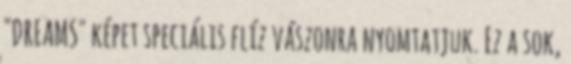
"DREAMS" képet speciális flíz vászonra nyomtatjuk. Ez a sok,